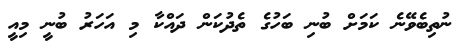
ނުތިބެވޭނެ ކަމަށް ބުނި ބަހުގެ ތެދުކަން ދައްކާ މި އަހަރު ބުނީ މިއީ